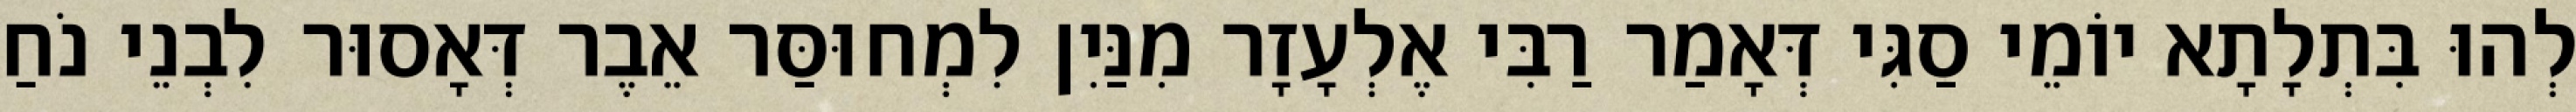
לְהוּ בִּתְלָתָא יוֹמֵי סַגִּי דְּאָמַר רַבִּי אֶלְעָזָר מִנַּיִן לִמְחוּסַּר אֵבֶר דְּאָסוּר לִבְנֵי נֹחַ